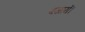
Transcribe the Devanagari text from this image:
बजायें।